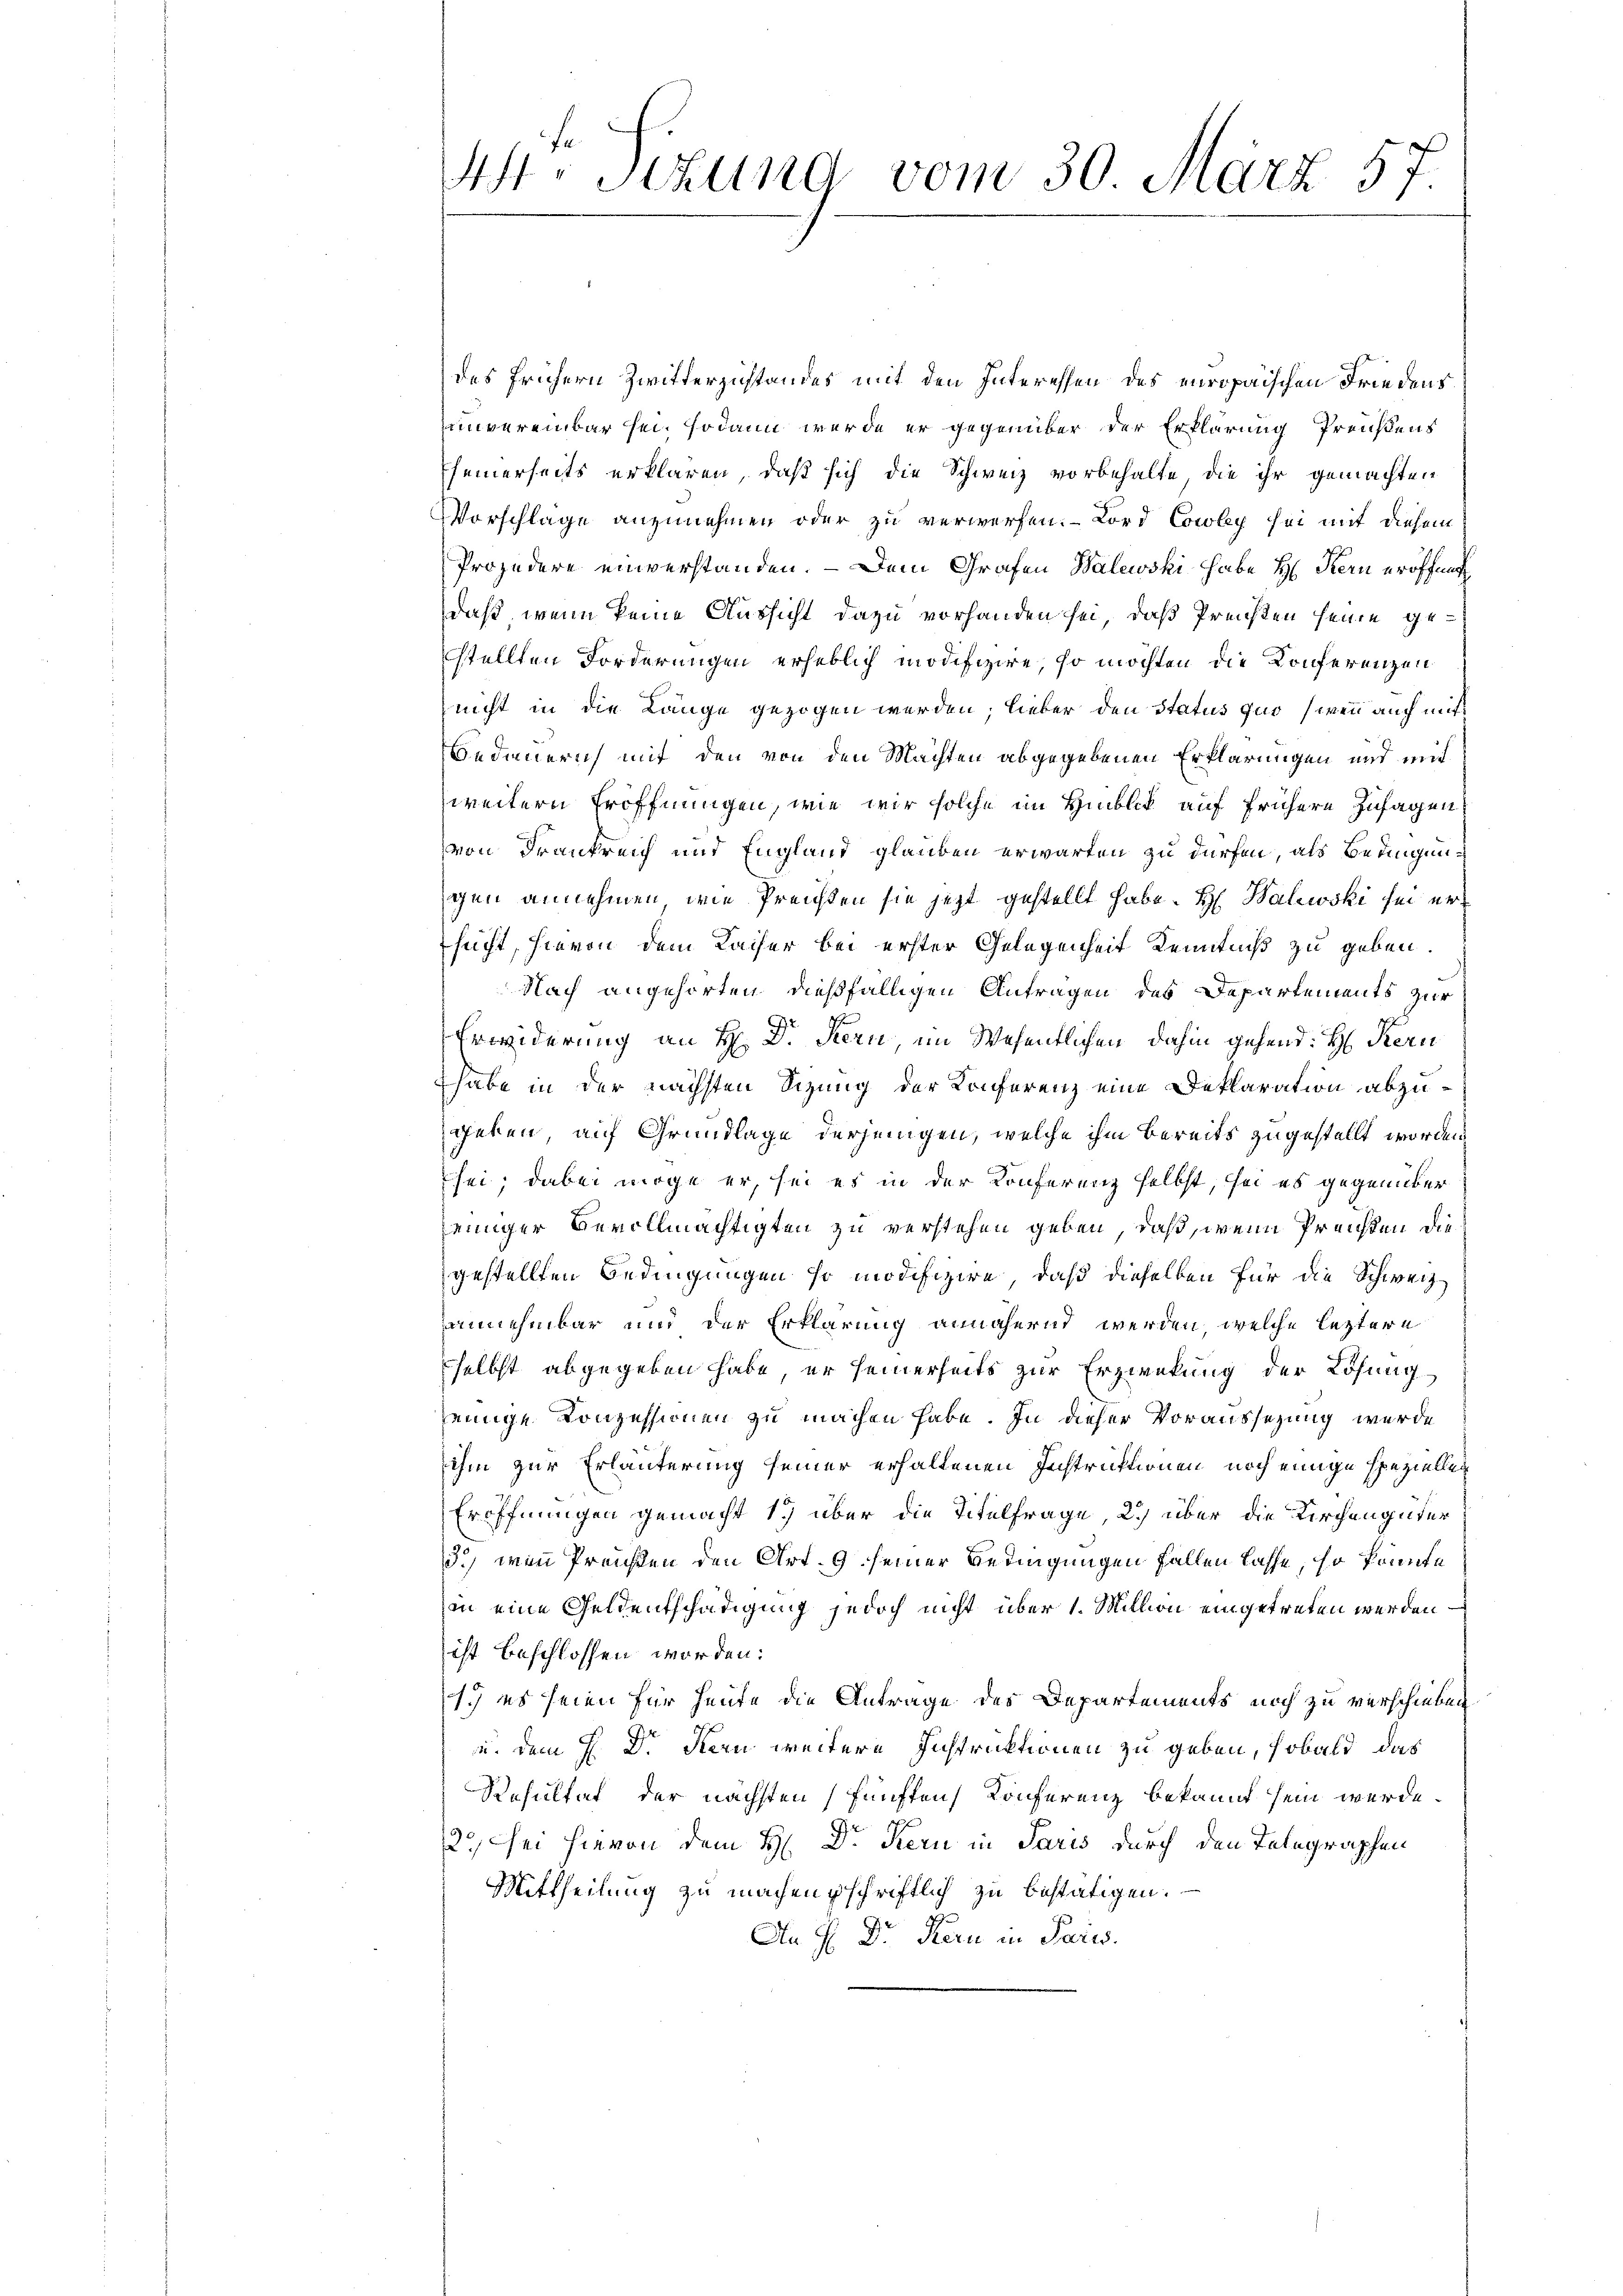
H. Sitzung vom 30. März 57.

des frühern Zwitterzustandes mit den Interessen des europaischen Friedens
unvereinbar sei sodann werde er gegenüber der Erklärung Preußens
seinerseits erklären, daß sich die Schweiz vorbehalte die ihr gemachten
Vorschlage anzunehmen oder zu verwerfen. – Lord Cowley sei mit diesem
Projedere einverstanden. – Dem Grafen Balewski habe H: Kern eröffent
daß, wenn keine Aussicht dazu vorhanden sei, daß Preisen seine gestellten Forderungen erheblich modifiziere, so möchten die Konferenzen
nicht in die Länge gezogen werden, lieber den Status fur (wenn auch mit
Bedienern mit den von den Machten abgegebenen Erklärungen und mit
weitern Eröffnungen, wie wir solche im Hinblick auf frühere Zusagen
von Frankreich und England glauben erwarten zu dürfen, als Bedingungen annehmen, wie Preisten sie jetzt gestellt habe. H. Walewski sei ersucht, hievon dem Kaiser bei erster Gelegenheit Kenntniß zu geben.
Nach angehörten dießfälligen Antragen des Departements zur
Erwiderung an H: Dr. Stern, im Wesentlichen dahin gehend: H: Kern
habe in der nächsten Sizung der Konferenz eine Deklaration abzugeben, auf Grundlage derjenigen, welche ihm bereits zugestellt worden
sei; dabei möge er, sei es in der Konferenz selbst, sei es gegenüber
jeiniger Bevollmächtigten zu verstehen geben, daß, wenn Preisten die
gestellten Bedingungen so modifizire, daß dieselben für die Schweiz
annehmbar und der Erklärung annähernd werden, welche leztere
selbst abgegeben habe, er seinerseits zur Erzweckung der Lösung
einige Konzessionen zu machen habe. In dieser Voraussezung wurde
ihm zur Erläuterung seiner erhaltenen Instruktionen noch einige speziellen
Eröffnungen gemacht 17 über die Titelfrage, 2.) über die Kirchengüter
3.) wenn Preisen den Art. 9 seiner Bedingungen fallen lasse, so könnte
in eine Geldentschädigung jedoch nicht über 1. Million eingetreten werden –
ist beschlossen worden:
1.) es seien für heute die Antrage des Departements noch zu verschieben
u. dem H. Dr. Stern weitere Instruktionen zu geben, sobald das
Resultat der nächsten fünften Konferenz bekannt sein werde.
2., sei hievon dem H: Dr. Kern in Paris durch den Telegraphen
Mittheilung zu machenschriftlich zu bestätigen.
An H: Dr. Kern in Paris.